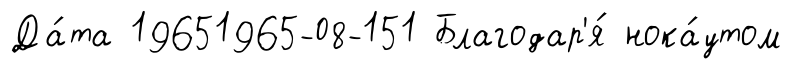
Да́та 19651965-08-151 Благодар'я́ нока́утом